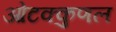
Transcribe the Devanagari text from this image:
ओटक्कुणल